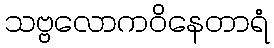
သဗ္ဗလောကဝိနေတာရံ